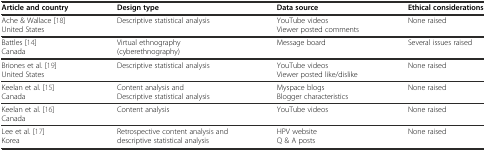
<table><thead><tr><td><b>Article and country</b></td><td><b>Design type</b></td><td><b>Data source</b></td><td><b>Ethical considerations</b></td></tr></thead><tbody><tr><td>Ache &amp; Wallace [18] United States</td><td>Descriptive statistical analysis</td><td>YouTube videos Viewer posted comments</td><td>None raised</td></tr><tr><td>Battles [14] Canada</td><td>Virtual ethnography (cyberethnography)</td><td>Message board</td><td>Several issues raised</td></tr><tr><td>Briones et al. [19] United States</td><td>Descriptive statistical analysis</td><td>YouTube videos Viewer posted like/dislike</td><td>None raised</td></tr><tr><td>Keelan et al. [15] Canada</td><td>Content analysis and Descriptive statistical analysis</td><td>Myspace blogs Blogger characteristics</td><td>None raised</td></tr><tr><td>Keelan et al. [16] Canada</td><td>Content analysis</td><td>YouTube videos</td><td>None raised</td></tr><tr><td>Lee et al. [17] Korea</td><td>Retrospective content analysis and descriptive statistical analysis</td><td>HPV website Q &amp; A posts</td><td>None raised</td></tr></tbody></table>